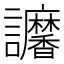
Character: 𧮠